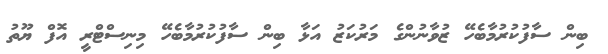
ބިން ސާފުކުރުމާބެހޭ ޒުވާނުންގެ މަރުކަޒު އަޅާ ބިން ސާފުކުރުމާބެހޭ މިނިސްޓްރީ އޮފް ޔޫތު